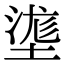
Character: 㙙